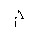
Letter: _mim